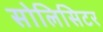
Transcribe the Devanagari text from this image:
सोलिसिटर